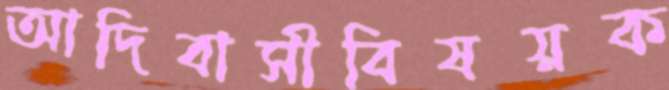
আদিবাসীবিষয়ক